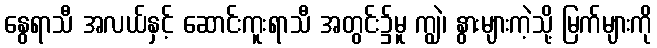
နွေရာသီ အလယ်နှင့် ဆောင်းကူးရာသီ အတွင်း၌မူ ကျွဲ၊ နွားများကဲ့သို့ မြက်များကို